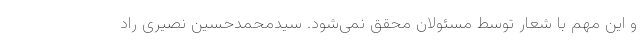
و این مهم با شعار توسط مسئولان محقق نمی‌شود. سیدمحمدحسین نصیری راد